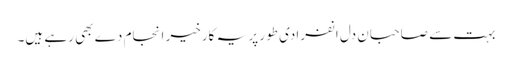
بہت سے صاحبان دل انفرادی طور پر یہ کارخیر انجام دے بھی رہے ہیں۔